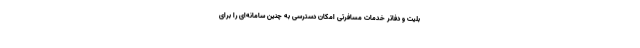
بلیت و دفاتر خدمات مسافرتی امکان دسترسی به چنین سامانه‌ای را برای